Bulletin of the Pasteur Institute of Southern India, Coonoor - No. 3.
Year: 1910
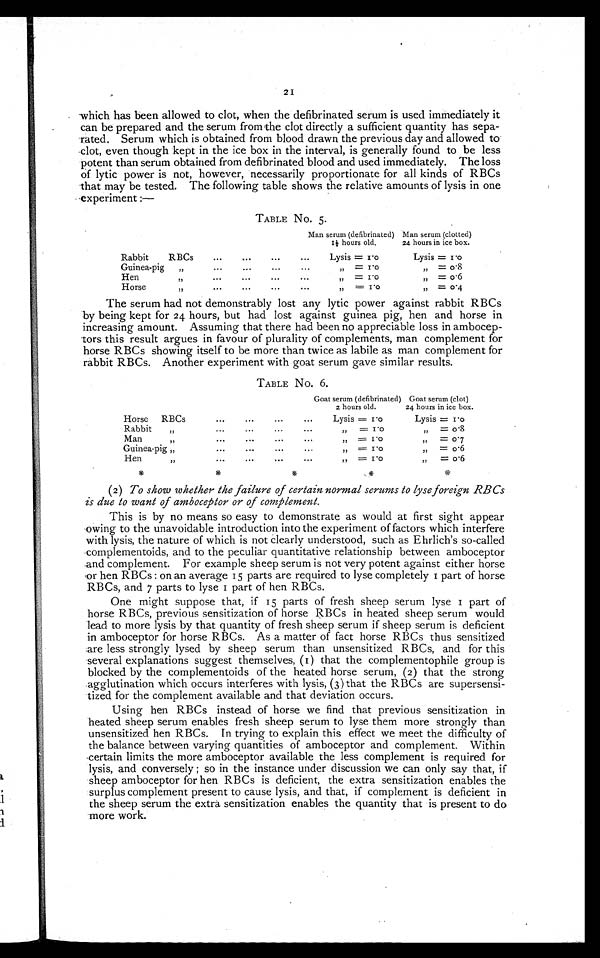
21
which has been allowed to clot, when the defibrinated serum is used immediately it
can be prepared and the serum from the clot directly a sufficient quantity has sepa-
rated. Serum which is obtained from blood drawn the previous day and allowed to.
clot, even though kept in the ice box in the interval, is generally found to be less
potent than serum obtained from defibrinated blood and used immediately. The loss
of lytic power is not, however, necessarily proportionate for all kinds of RBCs
that may be tested. The following table shows the relative amounts of lysis in one
e x p e r i m e n t : —
TABLE No. 5.
Man serum (defibrinated)1 ½
hours old.
Man serum (clotted)
24 hours in ice box.
Rabbit
Guinea-pig
Hen
,,
H orse
RBCs
„
,,
...
. . .
...
•••
•••
•••
...
.
...
...
...
•••
...
••.
...
Lysis = 1.0
„ = 1.0
„
= 1.o
,
= 1.0
Lysis = 1 . 0
„ = 0. 8
„ = 0 . 6
,, = 0. 4
The serum had not demonstrably lost any lytic power against rabbit RBCs
by being kept for 24 hours, but had lost against guinea pig, hen and horse in
increasing amount. Assuming that there had been no appreciable loss in ambocep-
-tors this result argues in favour of plurality of complements, man complement for
horse RBCs showing itself to be more than twice as labile as man complement for
rabbit RBCs. Another experiment with goat serum gave similar results.
TABLE No. 6.
Goat serum (defibrinated)
2 hours old.
Goat serum (clot)
24 hours in ice box.
Horse
RBCs
Rabbit
Man
,,
Guinea-pig „
Hen
•••
...
•••
...
•••
...
...
•••
•••
•••
...
...
•••
...
•••
...
...
•••
...
Lysis = 1.0
„ = 1.0
„ = 1. 0
„ = 1. 0
„ = 1.0
Lysis = 1.0
„ = 0. 8
,,
= 0.7
„ = 0.6
,,
= 0. 6
*
*
*
.*
(2) To show whether the failure of certain normal serums to lyse foreign RBCs
is due to want of amboceptor or of complement.
This is by no means so easy to demonstrate as would at first sight appear
owing to the unavoidable introduction into the experiment of factors which interfere
with lysis, the nature of which is not clearly understood, such as Ehrlich's so-called
complementoids, and to the peculiar quantitative relationship between amboceptor
and complement. For example sheep serum is not very potent against either horse
or hen RBCs : on an average 15 parts are required to lyse completely 1 part of horse
RB Cs, and 7 parts to lyse i part of hen RBCs.
One might suppose that, if 15 parts of fresh sheep serum lyse 1 part of
horse RBCs, previous sensitization of horse RBCs in heated sheep serum would
lead to more lysis by that quantity of fresh sheep serum if sheep serum is deficient
in amboceptor for horse RBCs. As a matter of fact horse RBCs thus sensitized
are less strongly lysed by sheep serum than unsensitized RBCs, and for this
several explanations suggest themselves, (1) that the complementophile group is
blocked by the complementoids of the heated horse serum, (2) that the strong,
agglutination which occurs interferes with lysis, (3) that the RBCs are supersensi-
tized for the complement available and that deviation occurs.
Using hen RBCs instead of horse we find that previous sensitization in
heated sheep serum enables fresh sheep serum to lyse them more strongly than
unsensitized hen RBCs. In trying to explain this effect we meet the difficulty of
the balance between varying quantities of amboceptor and complement. Within
certain limits the more amboceptor available the less complement is required for
lysis, and conversely ; so in the instance under discussion we can only say that, if
sheep amboceptor for hen RBCs is deficient, the extra sensitization enables the
surplus complement present to cause lysis, and that, if complement is deficient in
the sheep serum the extra sensitization enables the quantity that is present to do
more work.